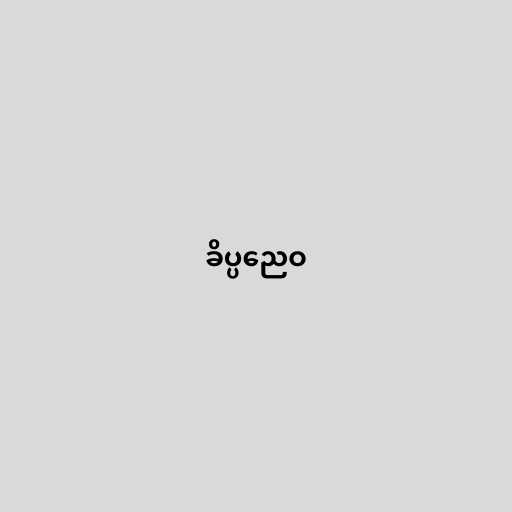
ခိပ္ပညေဝ